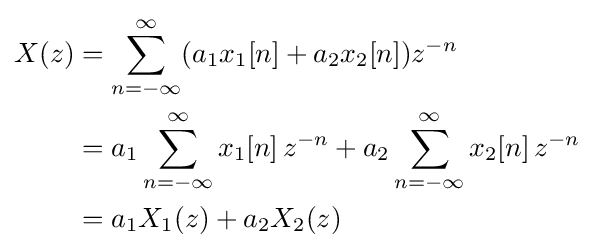
{\begin{aligned}X(z)&=\sum _{n=-\infty }^{\infty }(a_{1}x_{1}[n]+a_{2}x_{2}[n])z^{-n}\\&=a_{1}\sum _{n=-\infty }^{\infty }x_{1}[n]\,z^{-n}+a_{2}\sum _{n=-\infty }^{\infty }x_{2}[n]\,z^{-n}\\&=a_{1}X_{1}(z)+a_{2}X_{2}(z)\end{aligned}}